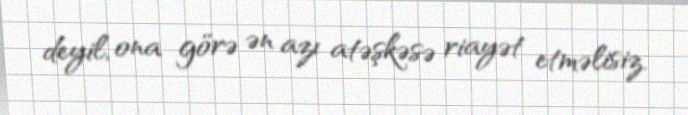
deyil, ona görə ən azı atəşkəsə riayət etməlisiz.